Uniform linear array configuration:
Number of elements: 12
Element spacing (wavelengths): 1
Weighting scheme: hann
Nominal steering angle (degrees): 0
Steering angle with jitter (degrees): -0.2443
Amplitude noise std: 0.05
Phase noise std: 0.05

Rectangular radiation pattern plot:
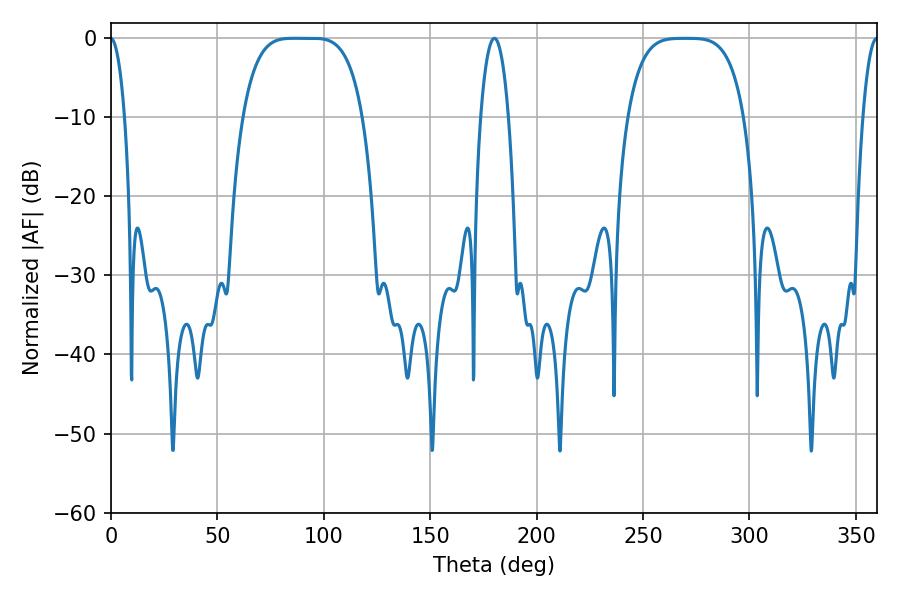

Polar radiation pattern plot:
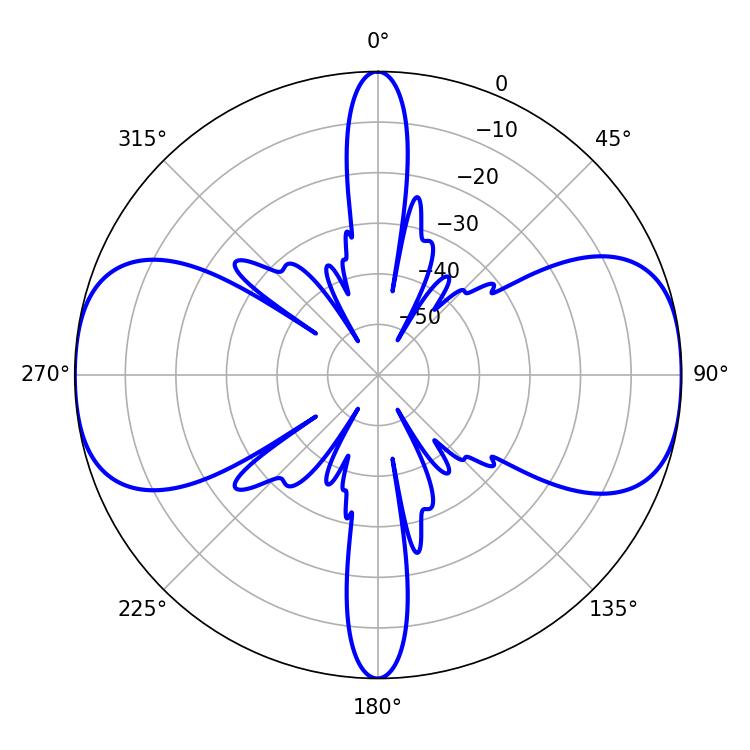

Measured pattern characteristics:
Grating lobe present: TRUE
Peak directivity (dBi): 17.884
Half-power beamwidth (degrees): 42.48
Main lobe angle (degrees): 85.86